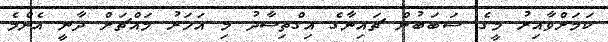
ކަމަށްވާއިރު މީގެ ސަބަބުން ޗައިނާގެ އިގްތިސާދު މި އަހަރު މައްޗަށް ދާނީ އެންމެ